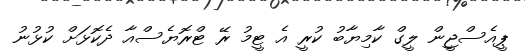
ޕީއެސްޖީން ލީގް ކާމިޔާބު ކުރީ އެ ޓީމު ރޭ ޓްރޮޔެސްއާ ދެކޮޅަށް ކުޅުނު